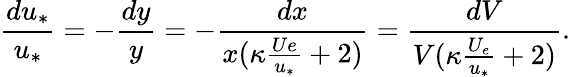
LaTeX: \frac{du_{*}}{u_{*}}=-\frac{dy}{y}=-\frac{dx}{x(\kappa\frac{Ue}{u_{*}}+2)}=\frac{dV}{V(\kappa\frac{U_{e}}{u_{*}}+2)}.